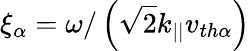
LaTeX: \xi_{\alpha}=\omega/\left(\sqrt{2}k_{||}v_{th\alpha}\right)